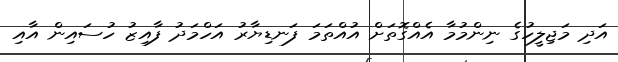
އަދި މަޖިލީހުގެ ނިންމުމާ އެއްގޮތަށް އުއްތަމަ ފަނޑިޔާރު އަހްމަދު ފާއިޒު ހުސައިން އާއި